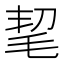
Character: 𣭭